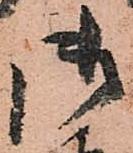
御